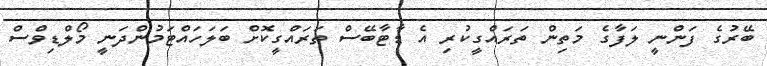
ބޭރުގެ ފަންނީ ލަފާގެ މަތިން ތަރައްގީކުރި އެ ޑާޓާބޭސް ތަރައްގީކޮށް ބަލަހައްޓަމުންދަނީ މޯލްޑިވްސް